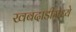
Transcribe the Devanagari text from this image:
खबदाडीमध्ये